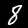
Digit: 8